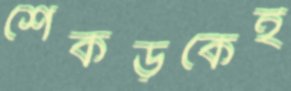
শেকড়কেই